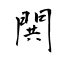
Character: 閧